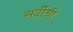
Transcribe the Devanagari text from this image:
सर्दीची